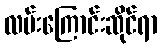
လမ်းကြောင်းဆိုင်ရာ